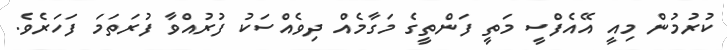
ކުރުމުން މިއީ އޭއެފްސީ މަތީ ފަންތީގެ މަގާމެއް ދިވެއްސަކު ފުރުއްވާ ފުރަތަމަ ފަހަރެވެ.